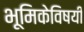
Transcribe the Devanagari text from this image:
भूमिकेविषयी